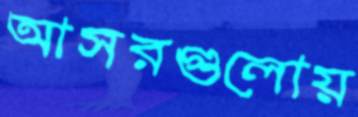
আসরগুলোয়